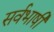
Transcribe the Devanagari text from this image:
सर्वभाषी